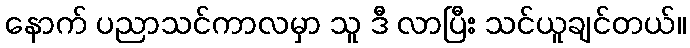
နောက် ပညာသင်ကာလမှာ သူ ဒီ လာပြီး သင်ယူချင်တယ်။